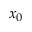
x _ { 0 }